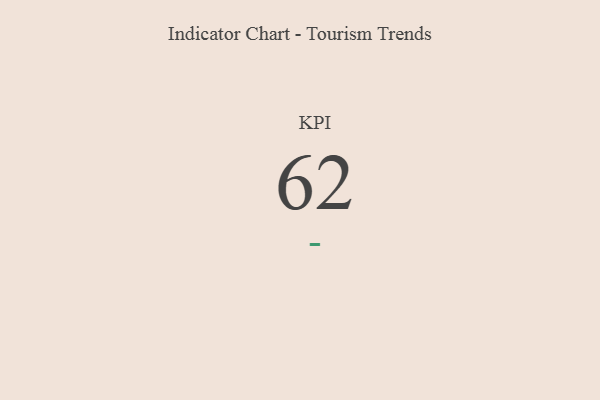
{"axis": {"x": "KPI", "y": "Value"}, "legend": [""], "data": [{"x": "KPI", "y": 62, "type": ""}]}